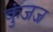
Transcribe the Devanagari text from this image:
कुंजज